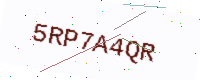
Text: 5RP7A4QR